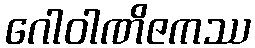
ဂေါဝါဏိဇကဿ